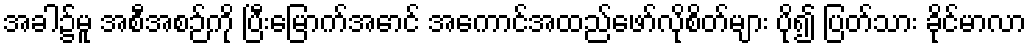
အခါ၌မူ အစီအစဉ်ကို ပြီးမြောက်အောင် အကောင်အထည်ဖော်လိုစိတ်များ ပို၍ ပြတ်သား ခိုင်မာလာ